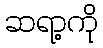
ဆရာ့ကို